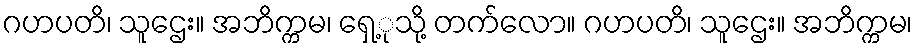
ဂဟပတိ၊ သူဌေး။ အဘိက္ကမ၊ ရှေ့ုသို့ တက်လော။ ဂဟပတိ၊ သူဌေး။ အဘိက္ကမ၊